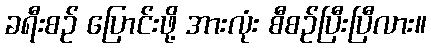
ခရီးစဉ် ပြောင်းဖို့ အားလုံး စီစဉ်ပြီးပြီလား။